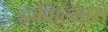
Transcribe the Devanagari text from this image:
डबेवाल्यास